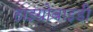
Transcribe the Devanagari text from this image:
हाइग्रोबाइडी